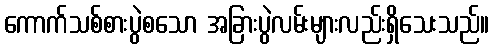
ကောက်သစ်စားပွဲစသော အခြားပွဲလမ်းများလည်းရှိသေးသည်။